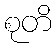
စုတိ